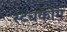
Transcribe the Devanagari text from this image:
स्टेचकोम